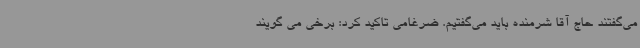
می‌گفتند حاج آقا شرمنده باید می‌گفتیم. ضرغامی تاکید کرد: برخی می گویند